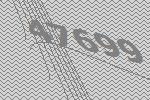
47699